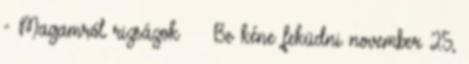
- Magamról rizsázok Be kéne feküdni november 25,